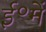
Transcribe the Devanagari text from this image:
ई॰में